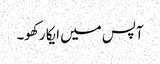
آپس میں ایکا رکھو۔